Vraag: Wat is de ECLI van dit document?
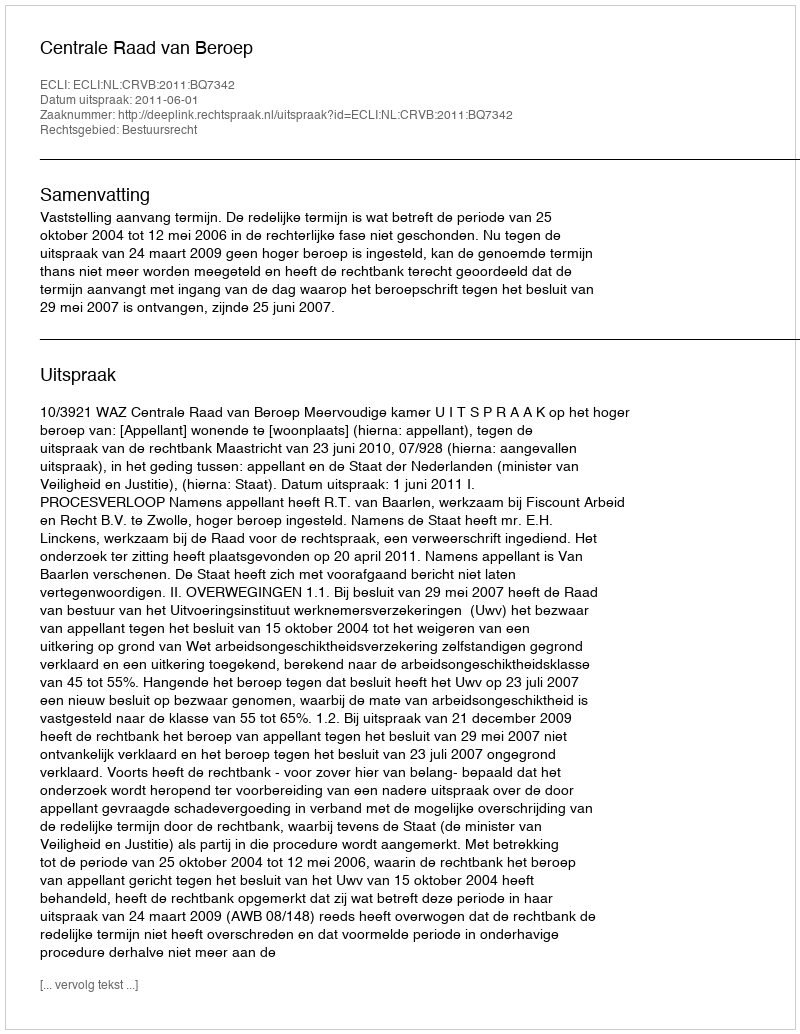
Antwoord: ECLI:NL:CRVB:2011:BQ7342